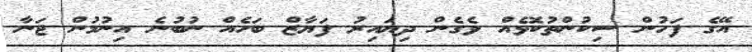
އޭގެ ފަހުން ސިކުންތުކޮޅެއް ވެގެން ދިޔައިރު ފަޔާޒް ބަހެއް ނުބުނެ އިނުމުން ޖަނާ